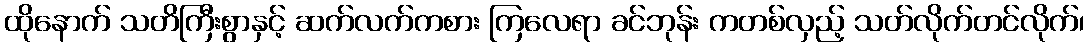
ထိုနောက် သတိကြီးစွာနှင့် ဆက်လက်ကစား ကြလေရာ ခင်ဘုန်း ကတစ်လှည့် သတ်လိုက်တင်လိုက်၊